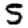
Digit: 5